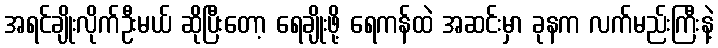
အရင်ချိုးလိုက်ဦးမယ် ဆိုပြီးတော့ ရေချိုးဖို့ ရေကန်ထဲ အဆင်းမှာ ခုနက လက်မည်းကြီးနဲ့